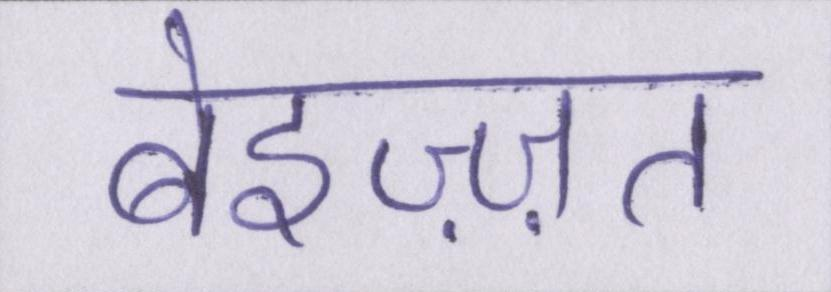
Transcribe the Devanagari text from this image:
बेइज़्ज़त